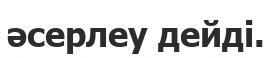
әсерлеу дейді.